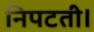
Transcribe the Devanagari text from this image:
निपटती।